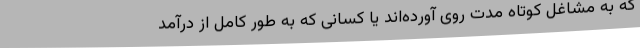
که به مشاغل کوتاه مدت روی آورده‌اند یا کسانی که به طور کامل از درآمد